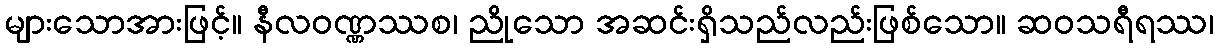
များသောအားဖြင့်။ နီလဝဏ္ဏဿစ၊ ညိုသော အဆင်းရှိသည်လည်းဖြစ်သော။ ဆဝသရီရဿ၊